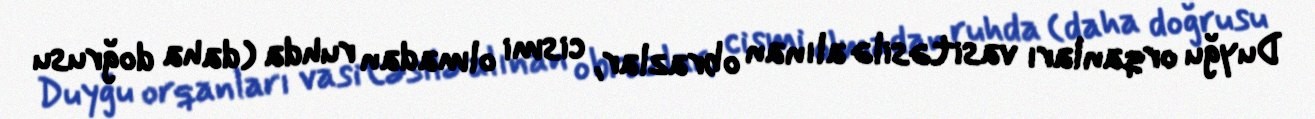
Duyğu orqanları vasitəsilə alınan obrazlar, cismi olmadan ruhda (daha doğrusu